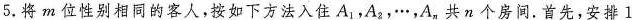
5.将m位性别相同的客人，按如下方法入住A_{1}，A_{2}，\cdots，A_{n}共n个房间.首先，安排1